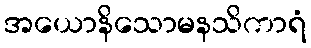
အယောနိသောမနသိကာရံ